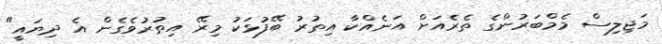
މަޖިލިސް މެމްބަރުންގެ ތެރެއަށް އަނެއްކާ އިތުރު ބޭފުޅަކު މިރޭ އިތުރުވެގެން އެ ދިޔައީ"